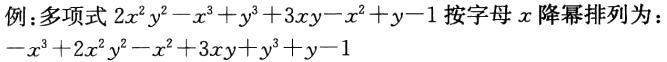
例：多项式\(2x^{2}y^{2}-x^{3}+y^{3}+3xy - x^{2}+y - 1\)按字母\(x\)降幂排列为：\(-x^{3}+2x^{2}y^{2}-x^{2}+3xy + y^{3}+y - 1\)